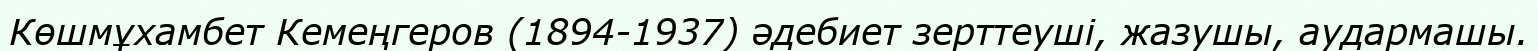
Көшмұхамбет Кемеңгеров (1894-1937) әдебиет зерттеуші, жазушы, аудармашы.